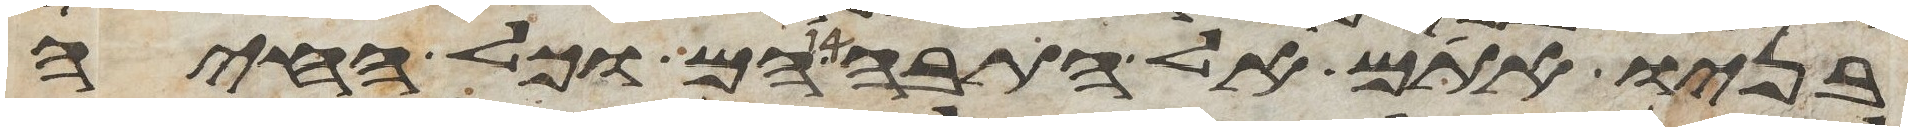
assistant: בניו אתם אל התבה הם וכל החיה